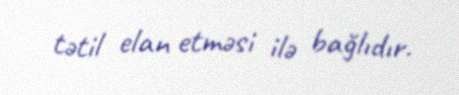
tətil elan etməsi ilə bağlıdır.